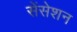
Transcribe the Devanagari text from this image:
सेंसेशन